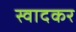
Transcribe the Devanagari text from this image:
स्वादकर